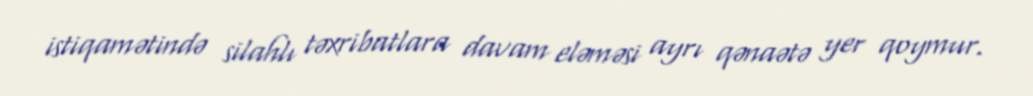
istiqamətində silahlı təxribatlara davam eləməsi ayrı qənaətə yer qoymur.